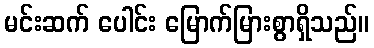
မင်းဆက် ပေါင်း မြောက်မြားစွာရှိသည်။